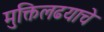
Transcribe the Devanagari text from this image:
मुक्तिलढयाचे